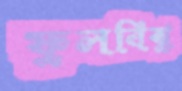
ফুলবিঝু